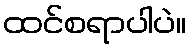
ထင်စရာပါပဲ။